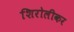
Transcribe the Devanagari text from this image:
शिरोलीकर